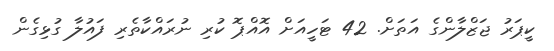
ކީޕަރު ޖަޒްލާންގެ އަތަށް. 42 ޓަހީއަށް އޮއްޕޮ ކުރި ނުރައްކާތެރި ފައުލާ ގުޅިގެން